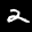
Label: 2